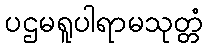
ပဌမရူပါရာမသုတ္တံ